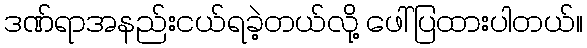
ဒဏ်ရာအနည်းငယ်ရခဲ့တယ်လို့ ဖေါ်ပြထားပါတယ်။